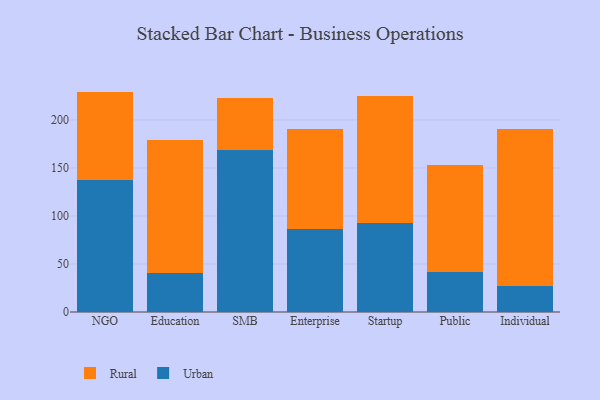
{"axis": {"x": "Segment", "y": "Satisfaction Score"}, "legend": ["Rural", "Urban"], "data": [{"x": "NGO", "y": 137.9, "type": "Urban"}, {"x": "NGO", "y": 91.6, "type": "Rural"}, {"x": "Education", "y": 40.2, "type": "Urban"}, {"x": "Education", "y": 139.1, "type": "Rural"}, {"x": "SMB", "y": 169.0, "type": "Urban"}, {"x": "SMB", "y": 54.2, "type": "Rural"}, {"x": "Enterprise", "y": 86.6, "type": "Urban"}, {"x": "Enterprise", "y": 104.4, "type": "Rural"}, {"x": "Startup", "y": 92.2, "type": "Urban"}, {"x": "Startup", "y": 132.7, "type": "Rural"}, {"x": "Public", "y": 41.9, "type": "Urban"}, {"x": "Public", "y": 111.2, "type": "Rural"}, {"x": "Individual", "y": 27.2, "type": "Urban"}, {"x": "Individual", "y": 163.2, "type": "Rural"}]}